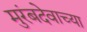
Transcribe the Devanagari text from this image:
मुरंबदेवाच्या